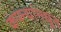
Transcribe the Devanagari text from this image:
कंपन्यांमधून